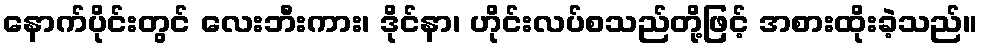
နောက်ပိုင်းတွင် လေးဘီးကား၊ ဒိုင်နာ၊ ဟိုင်းလပ်စသည်တို့ဖြင့် အစားထိုးခဲ့သည်။